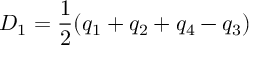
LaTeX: D _ { 1 } = \frac { 1 } { 2 } ( q _ { 1 } + q _ { 2 } + q _ { 4 } - q _ { 3 } )